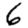
Digit: 6